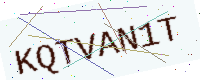
Text: KQTVAN1T